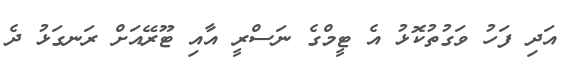
އަދި ފަހު ވަގުތުކޮޅު އެ ޓީމްގެ ނަސްރީ އާއި ޓޫރޭއަށް ރަނގަޅު ދެ